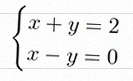
\begin{cases}x+y=2\\x-y=0\end{cases}